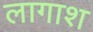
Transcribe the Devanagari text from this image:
लागाश